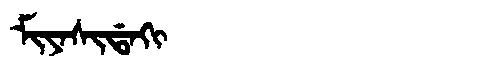
Manchu: ᠮᡳᠶᠠᠰᡳᡩᠠᡴᡳ
Romanization: MIYASIDAKI